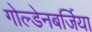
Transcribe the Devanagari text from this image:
गोल्डेनबर्जिया